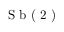
\textrm { S b ( 2 ) }